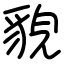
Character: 貌